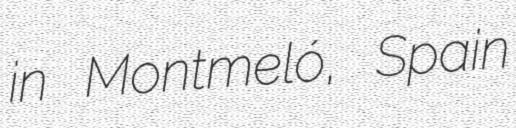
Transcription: in Montmeló, Spain